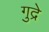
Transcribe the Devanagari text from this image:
गुद्रे